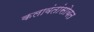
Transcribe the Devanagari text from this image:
कलावंतांसोबत